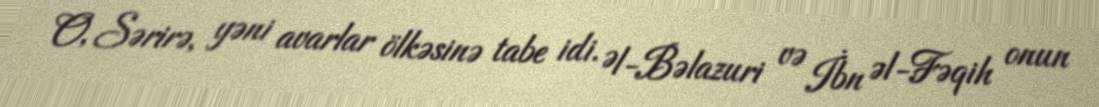
O, Sərirə, yəni avarlar ölkəsinə tabe idi. Əl-Bəlazuri və İbn əl-Fəqih onun